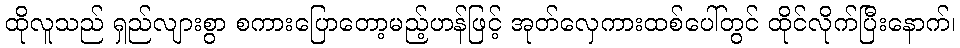
ထိုလူသည် ရှည်လျားစွာ စကားပြောတော့မည့်ဟန်ဖြင့် အုတ်လှေကားထစ်ပေါ်တွင် ထိုင်လိုက်ပြီးနောက်၊